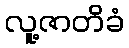
လူ့ဇာတိခံ